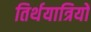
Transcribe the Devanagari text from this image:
तिर्थयात्रियों